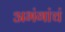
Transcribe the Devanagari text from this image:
अभंगांचं